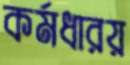
কর্মধারয়